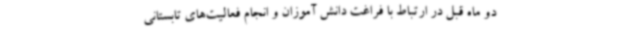
دو ماه قبل در ارتباط با فراغت دانش آموزان و انجام فعالیت‌های تابستانی